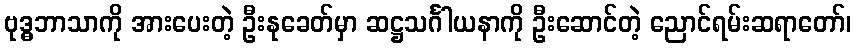
ဗုဒ္ဓဘာသာကို အားပေးတဲ့ ဦးနုခေတ်မှာ ဆဋ္ဌသင်္ဂါယနာကို ဦးဆောင်တဲ့ ညောင်ရမ်းဆရာတော်၊